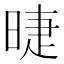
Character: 㫸